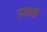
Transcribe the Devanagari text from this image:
उमना